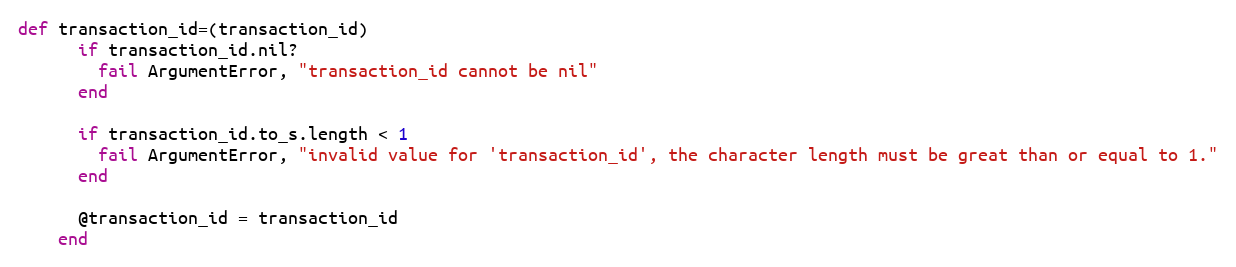
Language: Ruby
def transaction_id=(transaction_id)
      if transaction_id.nil?
        fail ArgumentError, "transaction_id cannot be nil"
      end

      if transaction_id.to_s.length < 1
        fail ArgumentError, "invalid value for 'transaction_id', the character length must be great than or equal to 1."
      end

      @transaction_id = transaction_id
    end